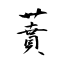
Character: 蕡